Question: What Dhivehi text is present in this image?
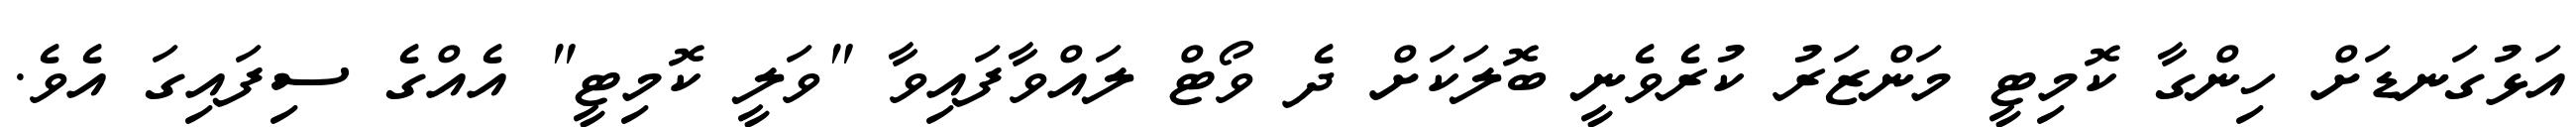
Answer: އަޅުގަނޑަށް ހިންގާ ކޮމިޓީ މަންޒަރު ކުރެވެނީ ބޮލަކަށް ދެ ވޯޓް ލައްވާފައިވާ "ވަލީ ކޮމިޓީ" އެއްގެ ސިފައިގަ އެވެ.